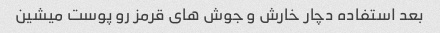
بعد استفاده دچار خارش و جوش های قرمز رو پوست میشین